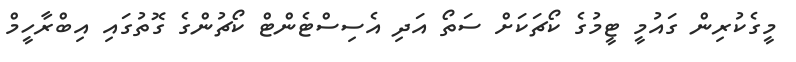
މީގެކުރިން ގައުމީ ޓީމުގެ ކޯޗަކަށް ސަތޯ އަދި އެސިސްޓެންޓް ކޯޗުންގެ ގޮތުގައި އިބްރާހީމް